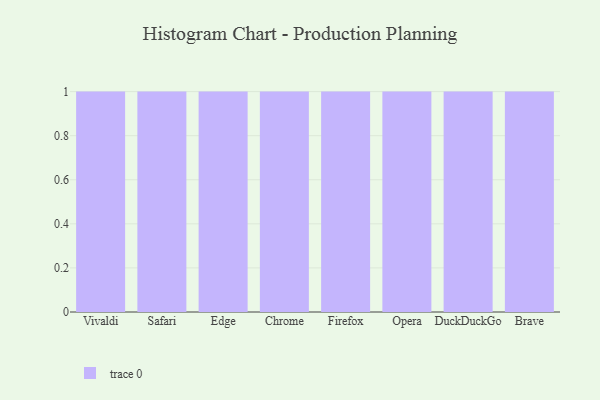
{"axis": {"x": "Browser", "y": "Net Income (USD K)"}, "legend": [""], "data": [{"x": "Vivaldi", "y": 16, "type": ""}, {"x": "Safari", "y": 3, "type": ""}, {"x": "Edge", "y": 53, "type": ""}, {"x": "Chrome", "y": 82, "type": ""}, {"x": "Firefox", "y": 95, "type": ""}, {"x": "Opera", "y": 50, "type": ""}, {"x": "DuckDuckGo", "y": 68, "type": ""}, {"x": "Brave", "y": 11, "type": ""}]}